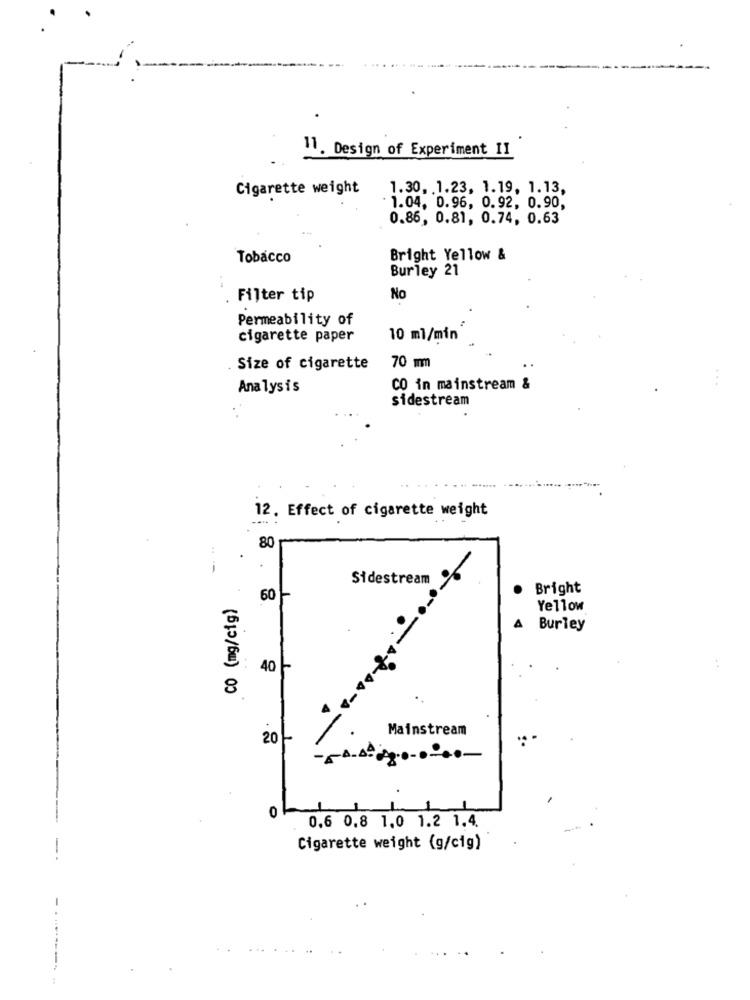
11. Design of Experiment II
Cigarette weight
1.30, 1.23, 1.19, 1.13,
. 1.04, 0.96, 0.92, 0.90,
0.86, 0.81, 0.74, 0.63
Tobacco
Bright Yellow &
Burley 21
Filter tip
No
Permeability of
cigarette paper
10 ml/min
Size of cigarette
70 mm
Analysis
CO in mainstream &
sidestream
12. Effect of cigarette weight
80
--
Sidestream
Bright
CO (mg/cig)
60
Yellow
G
Burley
40-
8
Mainstream
20
0
0.6 0,8 1,0 1.2 1.4.
Cigarette weight (g/cig)
------